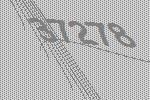
37278